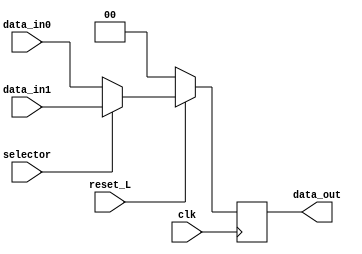
module mux_desc_conductualTarea2 (
	input clk,
	input reset_L,
	input selector,
	input [1:0] data_in0,
	input [1:0] data_in1,
	output reg [1:0] data_out
	);	

	always @(posedge clk) begin
		if (reset_L != 0)begin
	        if (selector == 0)
            	data_out <= data_in0;  
			else 
				data_out <= data_in1; 
    	end
      	else
		  data_out <= 2'b00;  

    end

endmodule